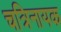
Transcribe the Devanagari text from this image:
चत्रिनायक